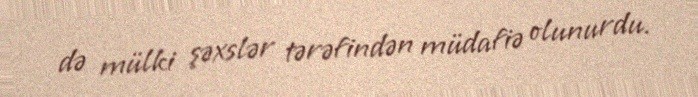
də mülki şəxslər tərəfindən müdafiə olunurdu.